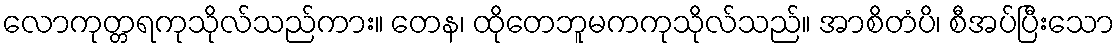
လောကုတ္တရကုသိုလ်သည်ကား။ တေန၊ ထိုတေဘူမကကုသိုလ်သည်။ အာစိတံပိ၊ စီအပ်ပြီးသော